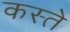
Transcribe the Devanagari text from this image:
कस्‍ते